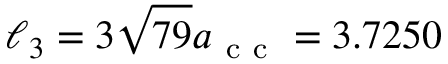
\ell _ { 3 } = 3 \sqrt { 7 9 } a _ { \mathrm { ~ c ~ c ~ } } = 3 . 7 2 5 0